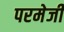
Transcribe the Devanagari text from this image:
परमेजी